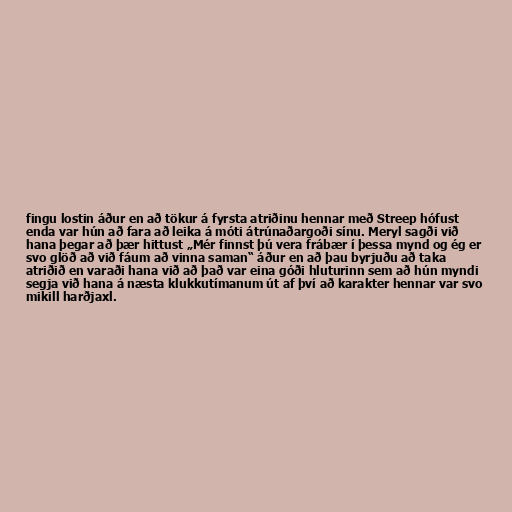
fingu lostin áður en að tökur á fyrsta atriðinu hennar með Streep hófust
enda var hún að fara að leika á móti átrúnaðargoði sínu. Meryl sagði við
hana þegar að þær hittust „Mér finnst þú vera frábær í þessa mynd og ég er
svo glöð að við fáum að vinna saman“ áður en að þau byrjuðu að taka
atriðið en varaði hana við að það var eina góði hluturinn sem að hún myndi
segja við hana á næsta klukkutímanum út af því að karakter hennar var svo
mikill harðjaxl.